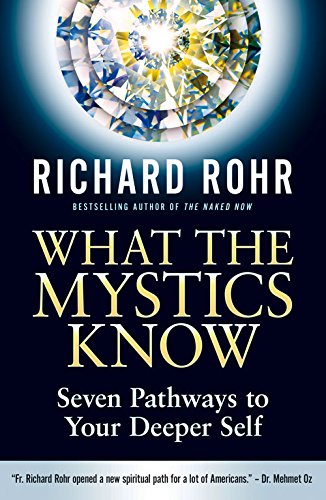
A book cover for What the Mystics Know: Seven Pathways to Your Deeper Self; Richard Rohr; Christian Books & Bibles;